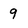
Character: 9